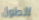
الطول